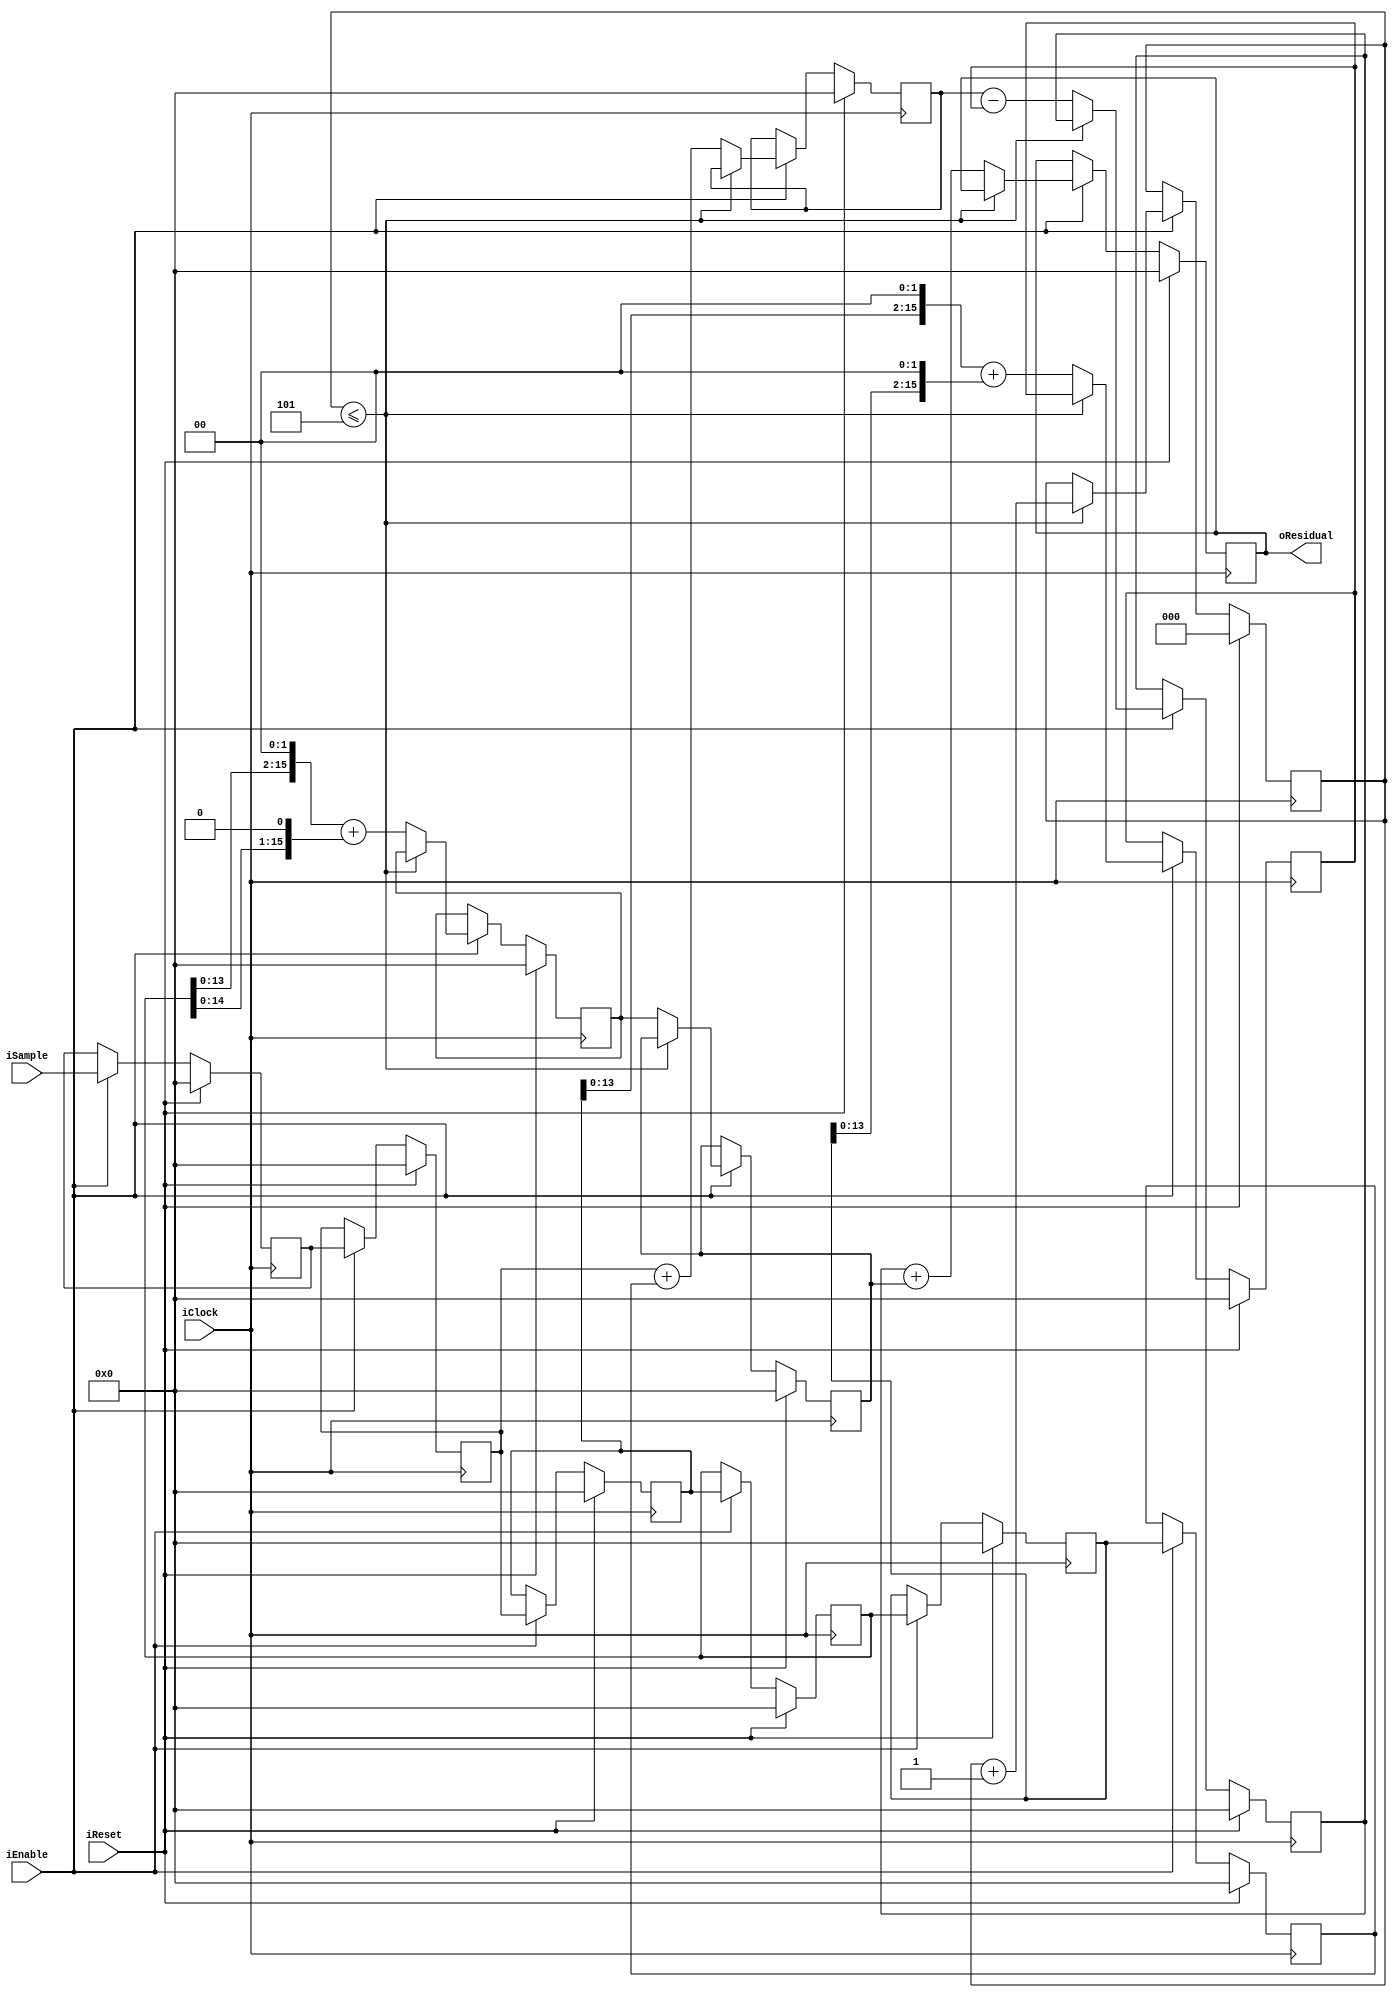
`ifndef FE4_H
`define FE4_H

module FixedEncoderOrder4 (input wire iClock, 
                           input wire iEnable,
                           input wire iReset,
                           input wire signed [15:0] iSample,
                           output wire signed [15:0] oResidual);
/* 
 * This is the slowest, i.e. longest latency, encoder
 * Latency is 8 cycles after enable signal
 */
 
reg signed [15:0] dataq [0:4];
reg signed [15:0] sample_r, termA, termB, termC, termCd1, termD;
reg signed [15:0] residual;
reg [2:0] warmup_count;

integer i;

assign oResidual = residual;

always @(posedge iClock)
begin
    if (iReset) begin
        sample_r <= 16'b0;
        warmup_count <= 0;
        for (i = 0; i <= 4; i = i + 1) begin
            dataq[i] <= 16'b0;
        end
        residual <= 16'b0;
        termA <= 16'b0;
        termB <= 16'b0;
        termC <= 16'b0;
        termD <= 16'b0;
        termCd1 <= 16'b0;
    end else if (iEnable) begin
        // Register the input
        sample_r <= iSample;
        
        // Shift the data queue down
        for (i = 1; i <= 4; i = i + 1) begin
            dataq[i] <= dataq[i - 1];
        end
        
        // Feed the queue
        dataq[0] <= sample_r;
        
        // Fill the queue and then wait 1 cycle to 
        if (warmup_count <= 5) begin
            warmup_count <= warmup_count + 1;
        end else begin
            // Unpipelined version runs at 150 MHz
            //residual <= dataq[0] - 4*dataq[1] + 6*dataq[2] - 4*dataq[3] + dataq[4]; 
            
            // Pipelined version runs at 350 MHz
            // Phase 1 of pipeline
            termA <= dataq[0] + dataq[4];
            termB <= (dataq[1] << 2) + (dataq[3] << 2);
            termC <= (dataq[2] << 2) + (dataq[2] << 1);
            
            // Phase 2 of pipeline
            termD <= termA - termB;
            termCd1 <= termC;
            
            // Phase 3 of pipeline
            residual <= termD + termCd1;
        end
    end
end
endmodule

// data = data0 - 4data1 + 6data2 - 4data3 + data4
// A = d0 + d4 | B = d1 << 2 + d3 << 2 | C = d2 << 2 + d2 << 1
// residual = A - B + C

`endif